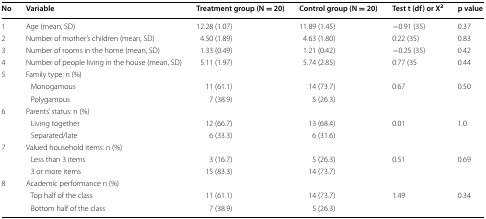
| No | Variable | Treatment group (N = 20) | Control group (N = 20) | Test t (df) or X2 | p value |
 | --- | --- | --- | --- | --- | --- |
 | 1 | Age (mean, SD) | 12.28 (1.07) | 11.89 (1.45) | −0.91 (35) | 0.37 |
 | 2 | Number of mother’s children (mean, SD) | 4.50 (1.89) | 4.63 (1.80) | 0.22 (35) | 0.83 |
 | 3 | Number of rooms in the home (mean, SD) | 1.33 (0.49) | 1.21 (0.42) | −0.25 (35) | 0.42 |
 | 4 | Number of people living in the house (mean, SD) | 5.11 (1.97) | 5.74 (2.85) | 0.77 (35 | 0.44 |
 | <ROWSPAN=3> 5 | <COLSPAN=5> Family type: n (%) |
 | Monogamous | 11 (61.1) | 14 (73.7) | 0.67 | 0.50 |
 | Polygamous | 7 (38.9) | 5 (26.3) |  |  |
 | <ROWSPAN=3> 6 | <COLSPAN=5> Parents’ status: n (%) |
 | Living together | 12 (66.7) | 13 (68.4) | 0.01 | 1.0 |
 | Separated/late | 6 (33.3) | 6 (31.6) |  |  |
 | <ROWSPAN=3> 7 | <COLSPAN=5> Valued household items: n (%) |
 | Less than 3 items | 3 (16.7) | 5 (26.3) | 0.51 | 0.69 |
 | 3 or more items | 15 (83.3) | 14 (73.7) |  |  |
 | <ROWSPAN=3> 8 | <COLSPAN=5> Academic performance n (%) |
 | Top half of the class | 11 (61.1) | 14 (73.7) | 1.49 | 0.34 |
 | Bottom half of the class | 7 (38.9) | 5 (26.3) |  |  |